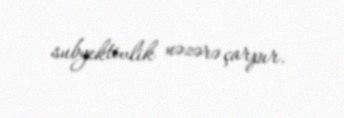
subyektivlik nəzərə çarpır.